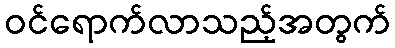
ဝင်ရောက်လာသည့်အတွက်